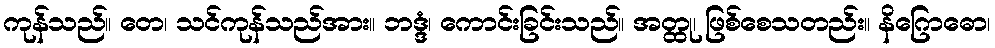
ကုန်သည်။ တေ၊ သင်ကုန်သည်အား။ ဘဒ္ဒံ၊ ကောင်းခြင်းသည်။ အတ္ထု၊ ဖြစ်စေသတည်း။ နိဂြောဓော၊